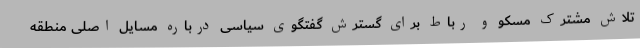
تلاش مشترک مسکو و رباط برای گسترش گفتگوی سیاسی درباره مسایل اصلی منطقه